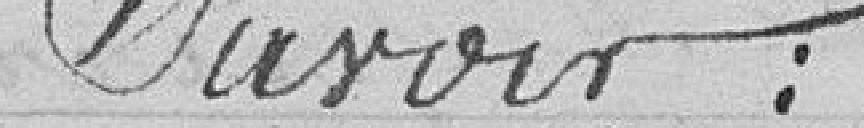
Savoir :